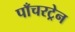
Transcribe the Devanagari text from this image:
पाँचरट्रेन